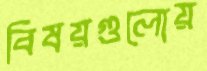
বিষয়গুলোয়